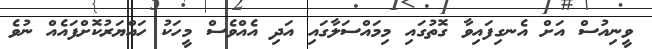
ވީނިއުސް އަށް އެނގިފައިވާ ގޮތުގައި މިމައްސަލާގައި އަދި އެއްވެސް މީހަކު ހައްޔަރުކޮށްފައެއް ނުވެ